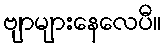
ဗျာများနေလေပီ။